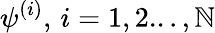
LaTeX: \psi^{(i)},\, i=1,2...,\mathbb{N}